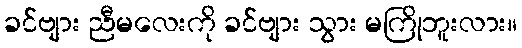
ခင်ဗျား ညီမလေးကို ခင်ဗျား သွား မကြိုဘူးလား။